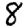
Digit: 8